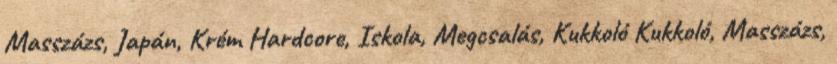
Masszázs, Japán, Krém Hardcore, Iskola, Megcsalás, Kukkoló Kukkoló, Masszázs,